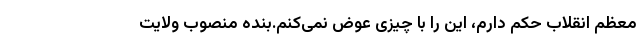
معظم انقلاب حکم دارم، این را با چیزی عوض نمی‌کنم.بنده منصوب ولایت